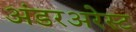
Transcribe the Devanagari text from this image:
अंडरअरेस्ट